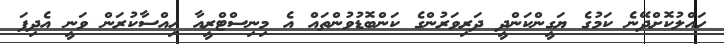
ހައްލުކޮށްދޭނެ ކަމުގެ ޔަގީންކަންދީ ދަރިވަރުންގެ ކަންބޮޑުވުންތައް އެ މިނިސްޓްރީއާ ހިއްސާކުރަން ވަނީ އެދިފަ